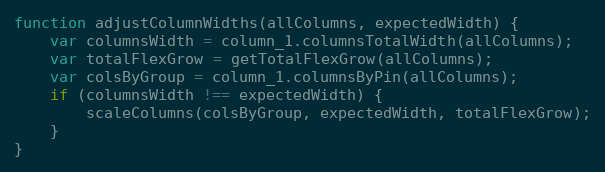
Language: JavaScript
function adjustColumnWidths(allColumns, expectedWidth) {
    var columnsWidth = column_1.columnsTotalWidth(allColumns);
    var totalFlexGrow = getTotalFlexGrow(allColumns);
    var colsByGroup = column_1.columnsByPin(allColumns);
    if (columnsWidth !== expectedWidth) {
        scaleColumns(colsByGroup, expectedWidth, totalFlexGrow);
    }
}